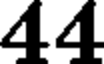
44